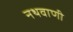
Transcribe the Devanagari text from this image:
नथवाणी